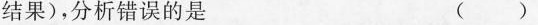
结果)，分析错误的是 ( )